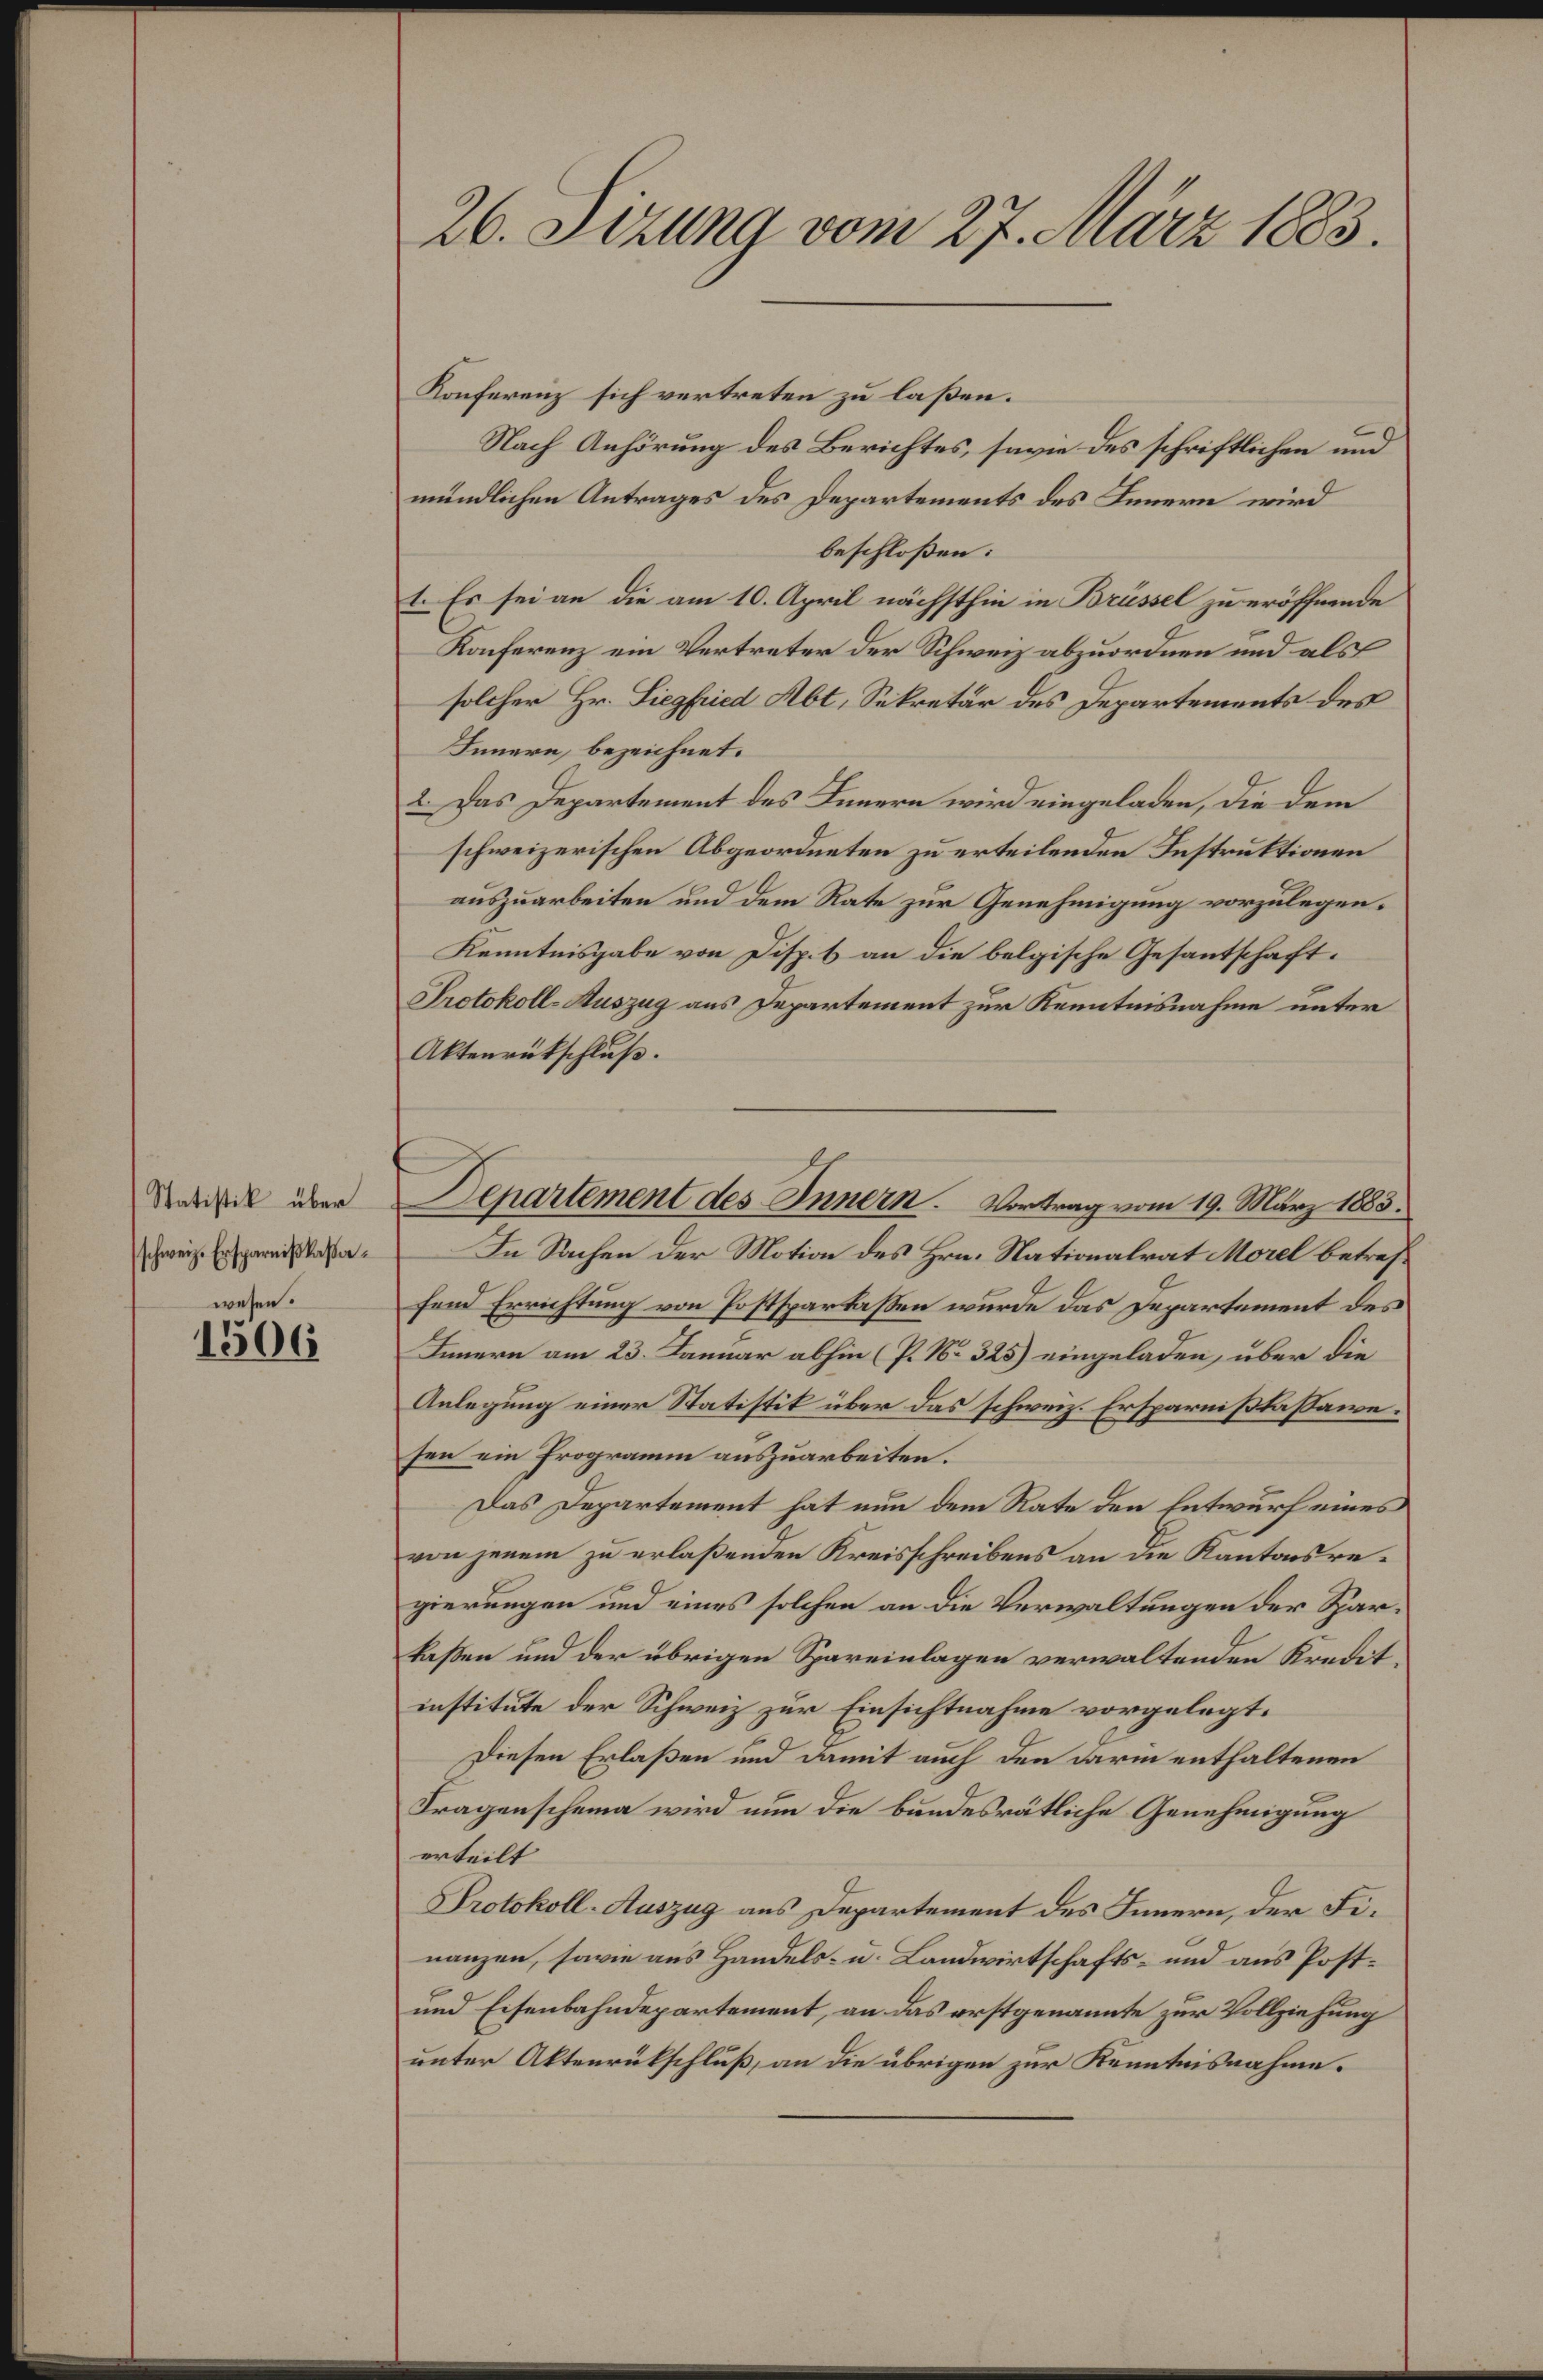
Statistik über
(schweiz. Ersparnißkassa¬

wesen.
1506

26. Sizung vom 27. März 1883.

Konferenz sich vertreten zu laßen.
Nach Anhörung des Berichtes, savie des schriftlichen und
mündlichen Antrages des Departements des Innern wird
beschloßen:
1. Es sei an die am 10. April nächsthin in Brüssel zu eröffnende
Konferenz ein Vertreter der Schweiz abzuordnen und als
solcher Hr. Siegfried Abt, Sekretär des Departements des
Innern, bezeichnet.
2. Das Departement des Innern wird eingeladen, die dem
schweizerischen Abgeordneten zu erteilenden Instruktionen
auszuarbeiten und dem Rate zur Genehmigung vorzulegen¬
Kenntnisgabe von Disp. 1 an die belgische Gesantschaft.
Protokoll-Auszug aus Departement zur Kenntnisnahme unter
Aktenrückschluß.
In Sachen der Motion des Hrn. Nationalrat Morel betreffend Errichtung von Postsparlaßen wurde das Departement des
Innern am 23. Januar abhin (P. No 325) eingeladen, über die
Anlegung einer Statistik über das schweiz. Ersparnißkassawe.
sen ein Programm auszuarbeiten.
Das Departement hat nun dem Rate den Entwurf eines
von jenem zu erlaßenden Kreisschreibens an die Kantonsregierungen und eines solchen an die Verwaltungen der Sarlaßen und der übrigen Spareinlagen verwaltenden Kreditinstitute der Schweiz zur Einsichtnahme vorgelegt.
Diesen Erlaßen und damit auch den darin enthaltenen
Fragenscheina wird nun die bundesrätliche Genehmigung
erteilt
Protokoll-Auszug aus Departement des Innern, der Finanzen, sowie aus Handels- u. Landwirtschafts- und aus Post¬
und Eisenbahndepartement, an das erstgenannte zur Vollziehung
unter Aktenrükschluß, an die übrigen zur Kenntnisnahme.

Departement des Innern. Vortrag vom 19. März 1885.